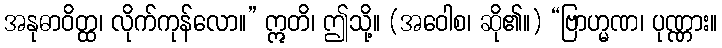
အနုဓာဝိတ္ထ၊ လိုက်ကုန်လော။” ဣတိ၊ ဤသို့။ (အဝေါစ၊ ဆို၏။) “ဗြာဟ္မဏ၊ ပုဏ္ဏား။